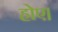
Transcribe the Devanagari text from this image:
होए।